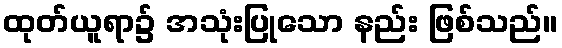
ထုတ်ယူရာ၌ အသုံးပြုသော နည်း ဖြစ်သည်။